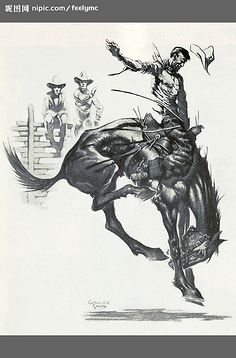
莫等闲，白了少年头，空悲切！